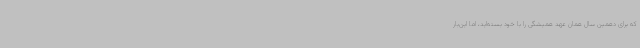
که برای دهمین سال همان عهد همیشگی را با خود بسته‌اید، اما این‌بار